Report on the cholera epidemic of
Year: 1868
Disease focus: Cholera
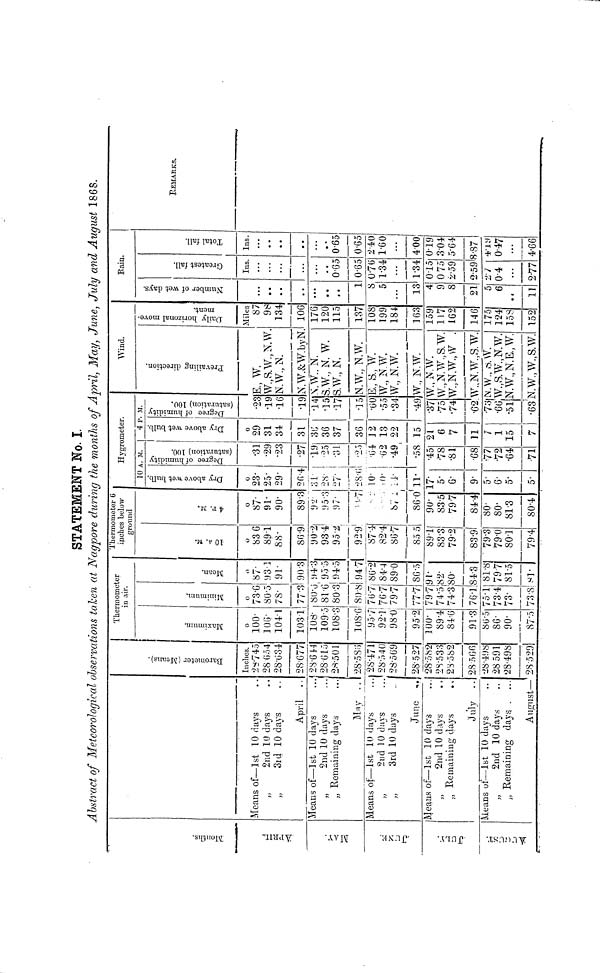
STATEMENT No. I
Abstract of Meteorological observations taken at Nagpore during the months of April, May, June, July and August 1868.
Months.
APRIL.
MAY.
JUNE.
JULY.
AUGUST.
Means of—1st 10 days
„
2nd 10 days
„
3rd 10 days
April
Means of—1st 10 days
2nd 10 days
„ Remaining days
May ..
Means of—1st 10 days
2nd 10 days
„
3rd 10 days
June «.
Means of—1st 10 days
2nd 10 days
„ Remaining days
•.
July ..
Means of—1st 10 days
2nd 10 days
„ Remaining days , ...
August—
Barometer (Means.)
Inches.
28.745
28 .654
28.634
28.677
28.644
28 615
28.501
28.586
28.471
'28.540
28.569
28.527
28.58.2
28.533
28.582
28.566
28.498
28 591
28.498
28.529
Thermometer
in air.
Maximum.
0
100.
106.
104.1
103 1
108.
109.5
108.3
108.6
95.7
92.1
98.0
95.2
100.
89.4
84.6
91.3
86.5
86.
90.
87.5
Minimum.
o
73.6
80.5
78.
77.3
80.5
81.6
80.3
80.8
76.7
767
79.7
77.7
79.7
74.5
74.3
76.1
75.1
73.4
73.
73.8
Mean.
o
87.
93.1
91.
90.3
94.3
95.5
94.5
94.7
86.2
84.4
89. 0
86.5
91.
82.
80.
84.3
81.8
79 7
81.5
81.
Thermometer 6
inches below
ground
10 A. M.
O
83. 6
89.1
88.
86.9
90.2
93.4
95. 2
92.9
87.4
82.4
86.7
85 5
89.1
83.3
79.2
83.9
79.3
79.0
80.1
79.4
4 P. M.
0
87.
91.
90.
89.3
92
95.3
97.
.7
. :
87 :
86.0
90.
83.5
79.7
84.4
80.
80.
81.3
80.4
Hygrometer.
10 A. M.
Dry above wet bulb.
0
23.
25.
29.
26.4
31
28.
27.
28.6
10.
•0.
44.
11.
17.
5.
6.
9.
5.
6.
5.
5.
Degree of humidity
(saturation) 100.
.31
•29
•23
•27
•19
.25
•31
•25
•64
.62
•49
•58
•45
.78
•81
.68
•77
72
•64
•71
4 P. M.
Dry above wet bulb.
0
29
31
34
31
36
36
37
36
12
13
22
15
21
6
7
11
1
1
15
7
Degree of humidity
(saturation) 100.
•23
•19
•16
•19
•14
15
•17
•15
•60
•55
.34
•49
•37
.75
•74 '
Wind.
Prevailing direction.
E., W.
W.,S.W.,N.W.
N.W., N.
N.W.&W.bvN.
N.W.. N.
S.W., N. W.
S.W., N.
N.W., N.W.
E., S., W.
W.,N W.
W., N.W.
W., N.W.
W., N.W.
W.,N.W.,S.W.
W.,N.W.,W .
•62.W.,N.W.,S.W.
.73N.W., S.W.
•66 W.,S.W.,N.W.
•51N.W.,N.E.,W.
•63 N.W.,W.,S.W.
Daily horizontal move.ment
Miles
87
98
134
106
176
120
115
137
108
199
184
163
159
117
162
146
175
124
158
152
Bain.
Number of wet days.
...
• •
• •
. •
...
• •
* •
1
8
5
13
4
9
8
21
5
6
11
Greatest fall.
Ins.
...
...
...
...
...
•.
0.65
0.65
0.76
1.34
...
1.34
0.15
0 75
2•59
2.5.9
2.7
0.4
...
2.77
Total fall.
Ins.
...
• •
• •
• •
...
• •
0.65
0.65
2 40
1.60
...
4.00
0.19
3.04
5.64
3.87
4.19
0.47
...
4.66
REMARKS.